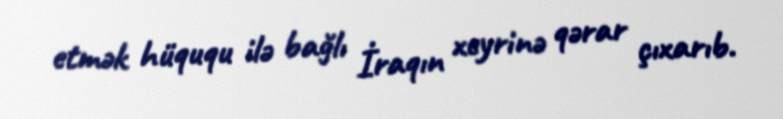
etmək hüququ ilə bağlı İraqın xeyrinə qərar çıxarıb.